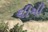
ઘીમી